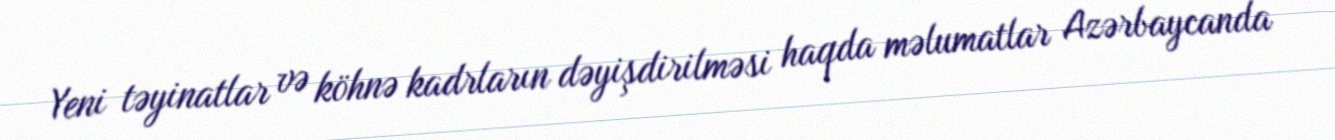
Yeni təyinatlar və köhnə kadrların dəyişdirilməsi haqda məlumatlar Azərbaycanda